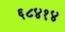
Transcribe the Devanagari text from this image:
६८४१४